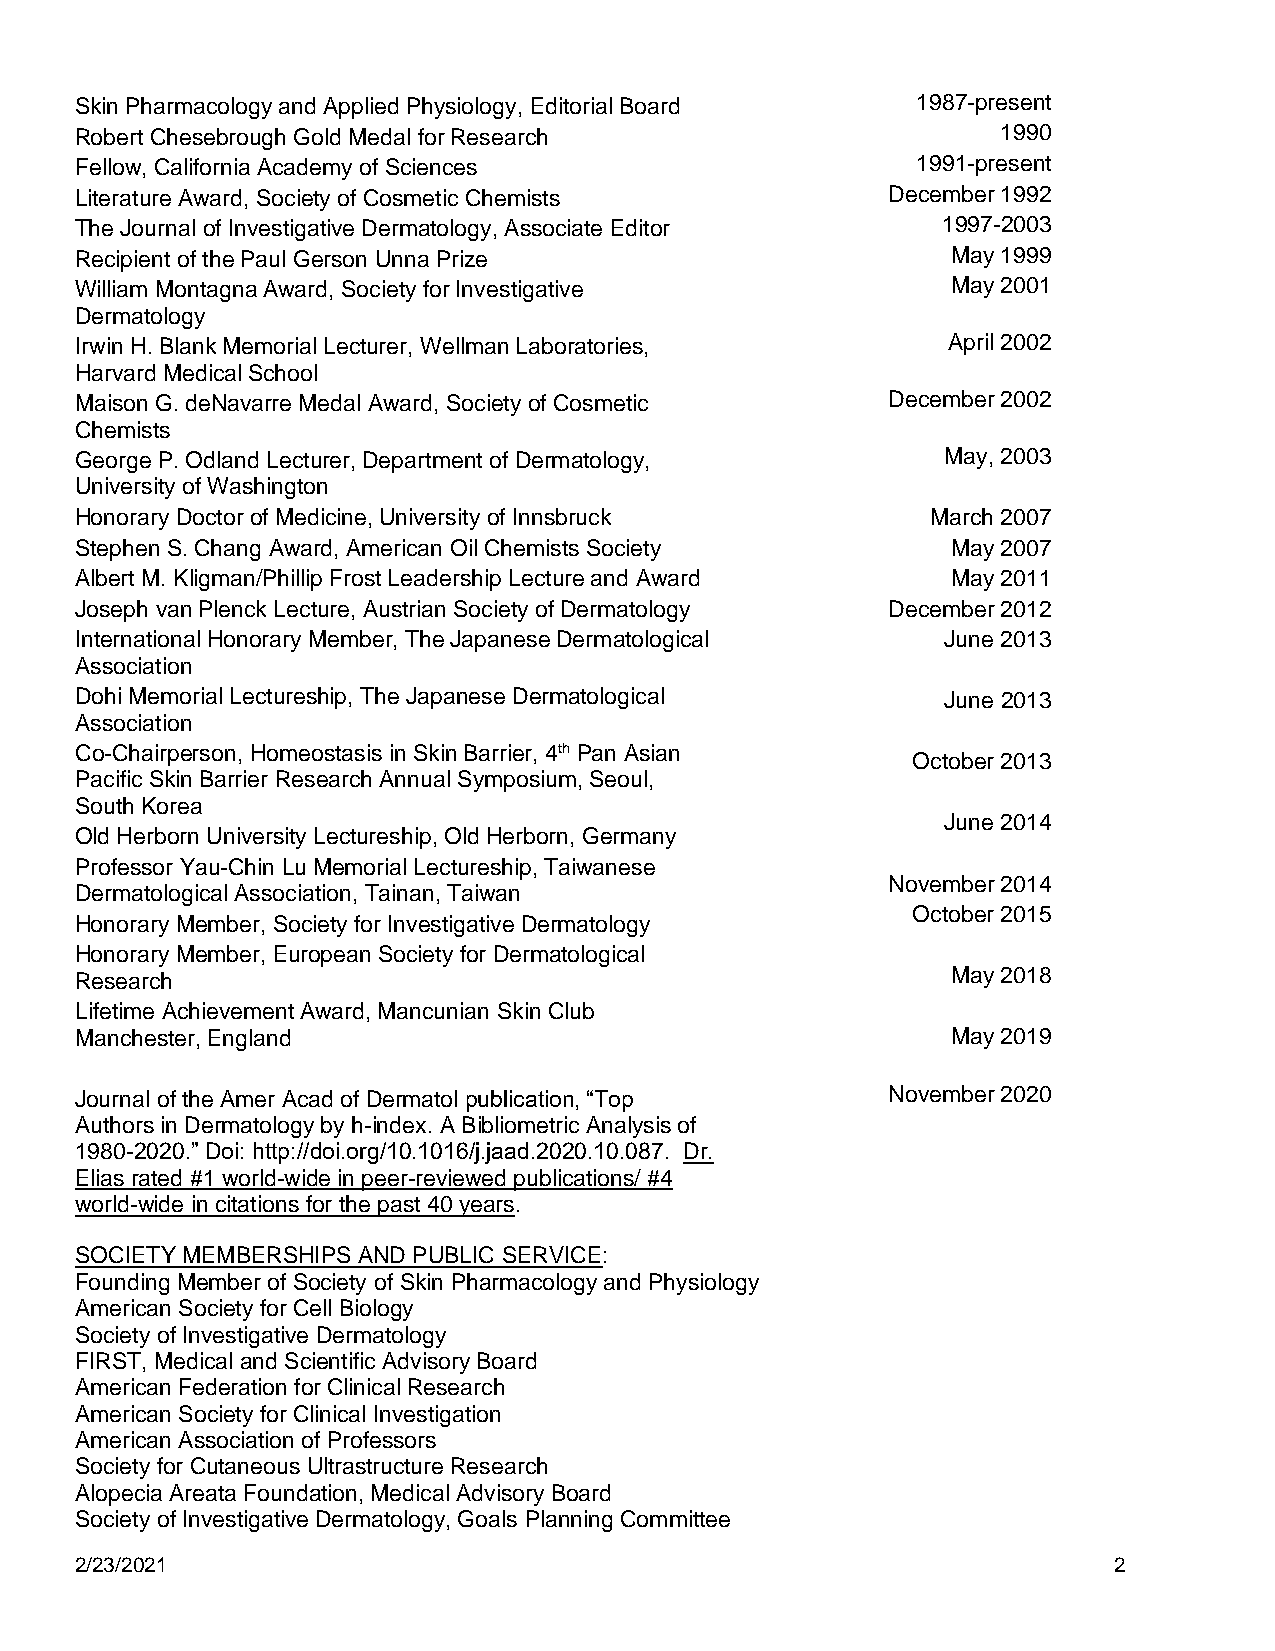
Skin Pharmacology and Applied Physiology, Editorial Board 1987-present
 Robert Chesebrough Gold Medal for Research                   1990
 Fellow, California Academy of Sciences                  1991-present
 Literature Award, Society of Cosmetic Chemists        December 1992
 The Journal of Investigative Dermatology, Associate Editor 1997-2003
 Recipient of the Paul Gerson Unna Prize                   May 1999
 William Montagna Award, Society for Investigative         May 2001
 Dermatology
 Irwin H. Blank Memorial Lecturer, Wellman Laboratories,   April 2002
 Harvard Medical School
 Maison G. deNavarre Medal Award, Society of Cosmetic  December 2002
 Chemists
 George P. Odland Lecturer, Department of Dermatology,     May, 2003
 University of Washington
 Honorary Doctor of Medicine, University of Innsbruck     March 2007
 Stephen S. Chang Award, American Oil Chemists Society     May 2007
 Albert M. Kligman/Phillip Frost Leadership Lecture and Award May 2011
 Joseph van Plenck Lecture, Austrian Society of Dermatology December 2012
 International Honorary Member, The Japanese Dermatological June 2013
 Association
 Dohi Memorial Lectureship, The Japanese Dermatological    June 2013
 Association
 Co-Chairperson, Homeostasis in Skin Barrier, 4th Pan Asian
 October 2013
 Pacific Skin Barrier Research Annual Symposium, Seoul,
 South Korea
 June 2014
 Old Herborn University Lectureship, Old Herborn, Germany
 Professor Yau-Chin Lu Memorial Lectureship, Taiwanese
 November 2014
 Dermatological Association, Tainan, Taiwan
 October 2015
 Honorary Member, Society for Investigative Dermatology
 Honorary Member, European Society for Dermatological
 Research                                                  May 2018
 Lifetime Achievement Award, Mancunian Skin Club
 Manchester, England                                       May 2019
 Journal of the Amer Acad of Dermatol publication, “Top November 2020
 Authors in Dermatology by h-index. A Bibliometric Analysis of
 1980-2020.” Doi: http://doi.org/10.1016/j.jaad.2020.10.087. Dr.
 Elias rated #1 world-wide in peer-reviewed publications/ #4
 world-wide in citations for the past 40 years.
 SOCIETY MEMBERSHIPS AND PUBLIC SERVICE:
 Founding Member of Society of Skin Pharmacology and Physiology
 American Society for Cell Biology
 Society of Investigative Dermatology
 FIRST, Medical and Scientific Advisory Board
 American Federation for Clinical Research
 American Society for Clinical Investigation
 American Association of Professors
 Society for Cutaneous Ultrastructure Research
 Alopecia Areata Foundation, Medical Advisory Board
 Society of Investigative Dermatology, Goals Planning Committee
 2/23/2021                                                            2